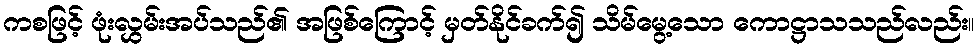
ကစဖြင့် ဖုံးလွှမ်းအပ်သည်၏ အဖြစ်ကြောင့် မှတ်နိုင်ခက်၍ သိမ်မွေ့သော ကောဋ္ဌာသသည်လည်း။